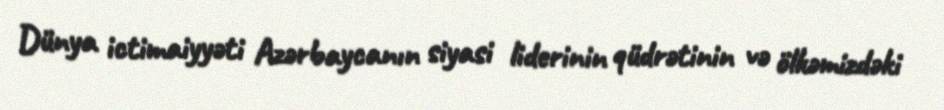
Dünya ictimaiyyəti Azərbaycanın siyasi liderinin qüdrətinin və ölkəmizdəki